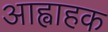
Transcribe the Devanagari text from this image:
आह्वाहक